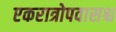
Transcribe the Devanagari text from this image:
एकरात्रोपवासश्च